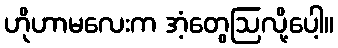
ဟိုဟာမလေးက အံ့တွေဩလို့ပေါ့။